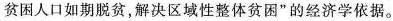
贫困人口如期脱贫，解决区域性整体贫困”的经济学依据。